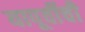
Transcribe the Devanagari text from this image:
यापूर्वीची